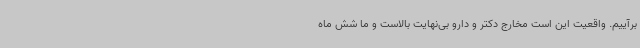
برآییم. واقعیت این است مخارج دکتر و دارو بی‌نهایت بالاست و ما شش ماه